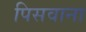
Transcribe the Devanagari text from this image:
पिसवाना